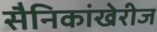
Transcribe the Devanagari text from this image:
सैनिकांखेरीज